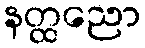
နတ္ထညော